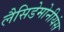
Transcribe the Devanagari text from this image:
लैसिडेमोनीयंस